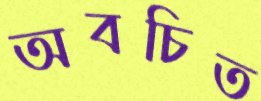
অবচিত